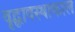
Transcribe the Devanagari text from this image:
वृद्धावस्थाकाल